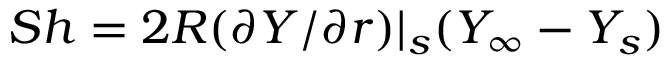
S h = 2 R ( \partial Y / \partial r ) | _ { s } ( Y _ { \infty } - Y _ { s } )